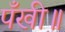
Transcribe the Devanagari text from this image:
पँखी॥